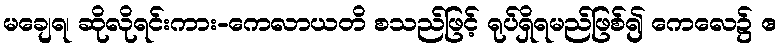
မချေရ၊ ဆိုလိုရင်းကား-ကေလာယတိ စသည်ဖြင့် ရုပ်ရှိရမည်ဖြစ်၍ ကေလေ၌ ဧ